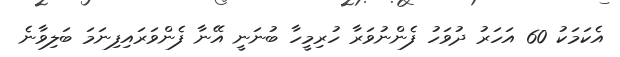
އެކަމަކު 60 އަހަރު ދުވަހު ފެންނުވަރާ ހުރިމީހާ ބުނަނީ އޭނާ ފެންވަރައިފިނަމަ ބަލިވާނެ